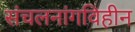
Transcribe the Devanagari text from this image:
संचलनांगविहीन